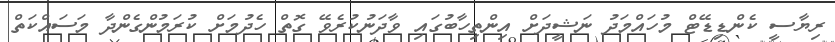
ރިޔާސީ ކެންޑިޑޭޓް މުހައްމަދު ނަޝީދަށް އިންތިހާބުގައި ވާދަނުކުރެވޭ ގޮތް ހެދުމަށް ކުރަމުންގެންދާ މަސައްކަތް